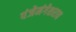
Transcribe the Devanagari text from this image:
पंजेमंगेशराव